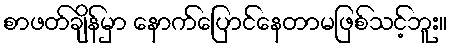
စာဖတ်ချိန်မှာ နောက်ပြောင်နေတာမဖြစ်သင့်ဘူး။